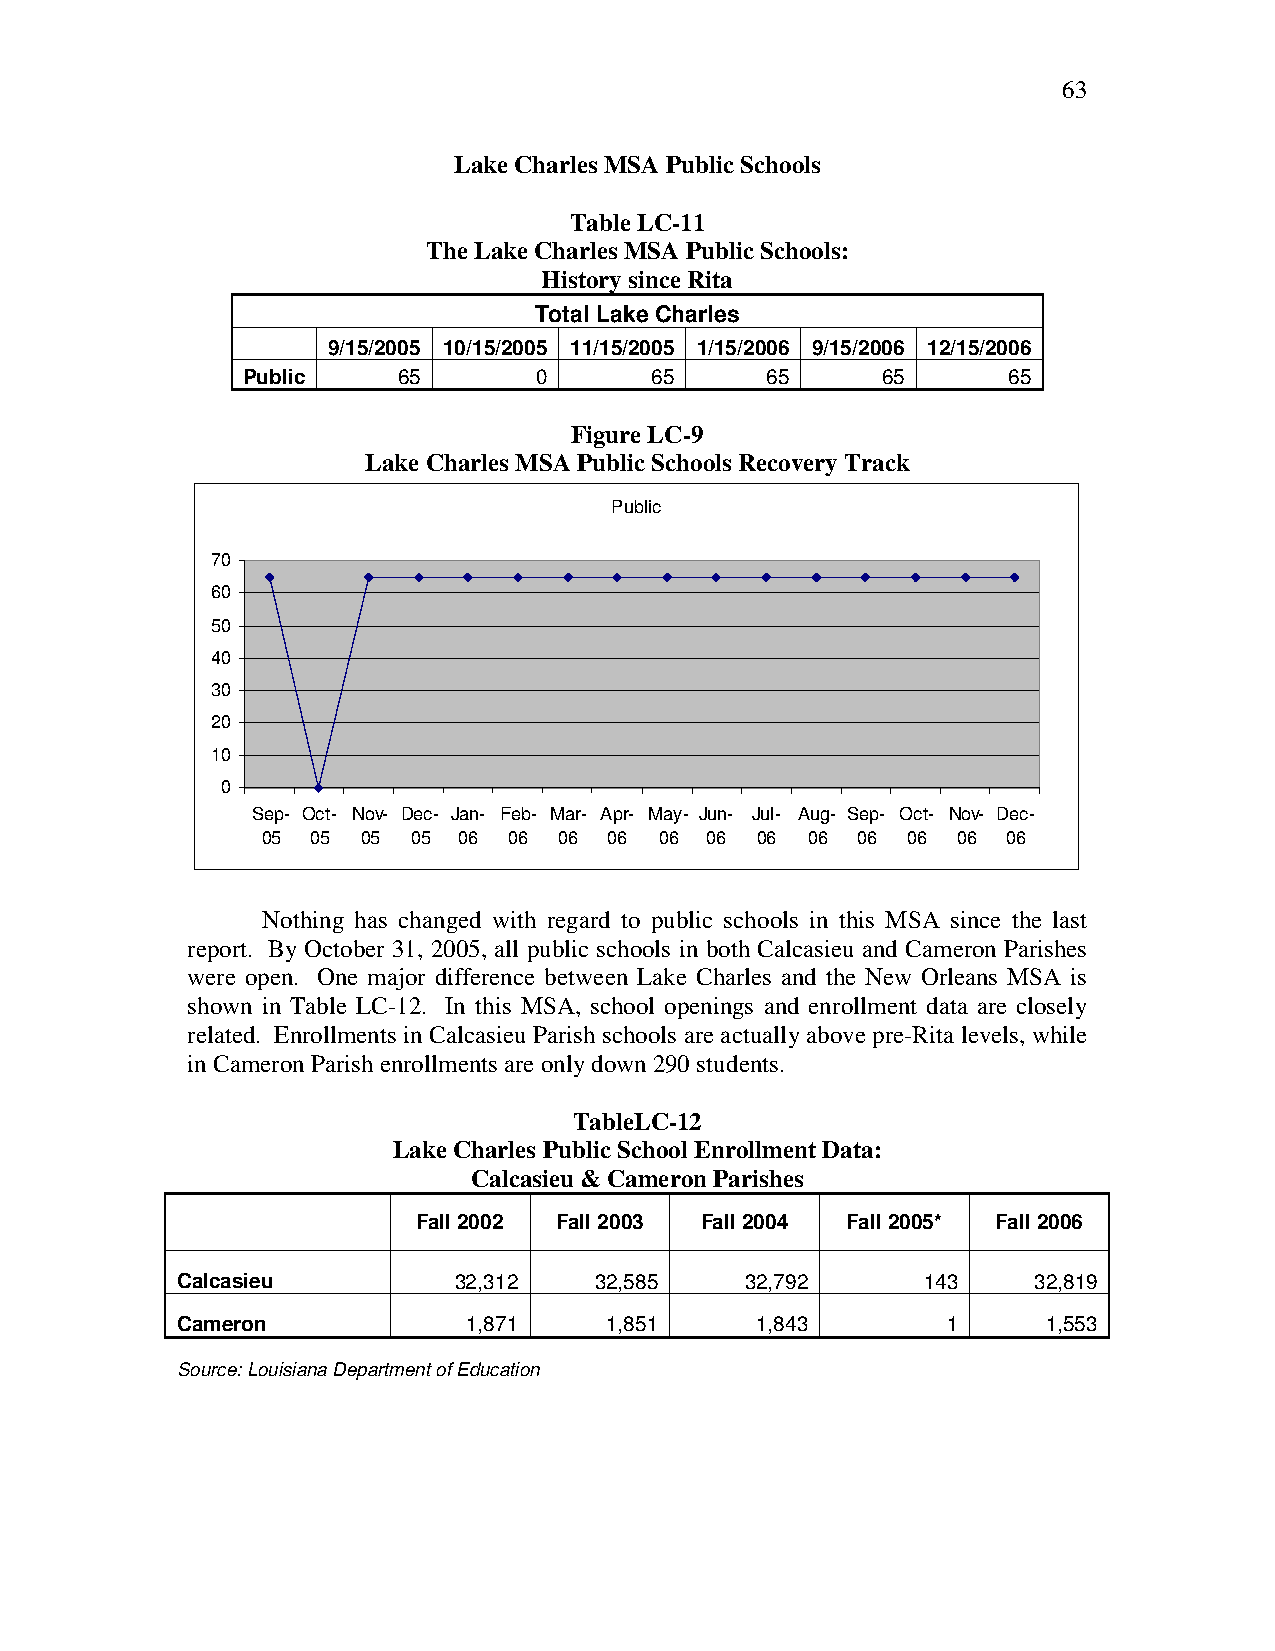
63
 Lake Charles MSA Public Schools
 Table LC-11
 The Lake Charles MSA Public Schools:
 History since Rita
 Total Lake Charles
 9/15/2005 10/15/2005 11/15/2005 1/15/2006 9/15/2006 12/15/2006
 Public    65        0      65      65     65       65
 Figure LC-9
 Lake Charles MSA Public Schools Recovery Track
 Public
 70
 60
 50
 40
 30
 20
 10
 0
 Sep- Oct- Nov- Dec- Jan- Feb- Mar- Apr- May- Jun- Jul- Aug- Sep- Oct- Nov- Dec-
 05  05 05 05 06  06 06 06  06 06 06  06 06 06 06  06
 Nothing has changed with regard to public schools in this MSA since the last
 report. By October 31, 2005, all public schools in both Calcasieu and Cameron Parishes
 were open. One major difference between Lake Charles and the New Orleans MSA is
 shown in Table LC-12. In this MSA, school openings and enrollment data are closely
 related. Enrollments in Calcasieu Parish schools are actually above pre-Rita levels, while
 in Cameron Parish enrollments are only down 290 students.
 TableLC-12
 Lake Charles Public School Enrollment Data:
 Calcasieu & Cameron Parishes
 Fall 2002 Fall 2003 Fall 2004 Fall 2005* Fall 2006
 Calcasieu         32,312   32,585    32,792      143    32,819
 Cameron            1,871    1,851     1,843        1     1,553
 Source: Louisiana Department of Education